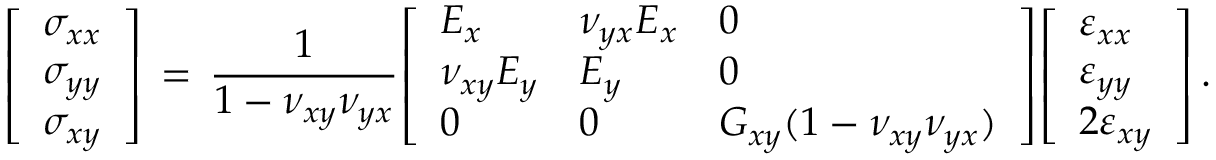
{ \left[ \begin{array} { l } { \sigma _ { x x } } \\ { \sigma _ { y y } } \\ { \sigma _ { x y } } \end{array} \right] } \, = \, { \frac { 1 } { 1 - \nu _ { x y } \nu _ { y x } } } { \left[ \begin{array} { l l l } { E _ { x } } & { \nu _ { y x } E _ { x } } & { 0 } \\ { \nu _ { x y } E _ { y } } & { E _ { y } } & { 0 } \\ { 0 } & { 0 } & { G _ { x y } ( 1 - \nu _ { x y } \nu _ { y x } ) } \end{array} \right] } { \left[ \begin{array} { l } { \varepsilon _ { x x } } \\ { \varepsilon _ { y y } } \\ { 2 \varepsilon _ { x y } } \end{array} \right] } \, .